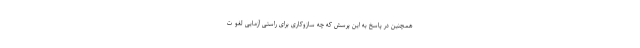
همچنین در پاسخ به این پرسش که چه سازوکاری برای راستی آزمایی لغو ت